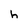
Character: h